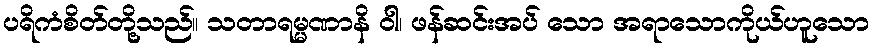
ပရိကံစိတ်တို့သည်။ သတာရမ္မဏာနိ ဝါ၊ ဖန်ဆင်းအပ် သော အရာသောကိုယ်ဟူသော